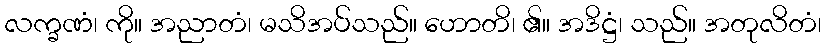
လက္ခဏံ၊ ကို။ အညာတံ၊ မသိအပ်သည်။ ဟောတိ၊ ၏။ အဒိဋ္ဌံ၊ သည်။ အတုလိတံ၊